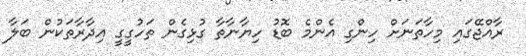
ރާއްޖޭގައި މިހާތަނަށް ހިންގި އެންމެ ބޮޑު ހިޔާނާތާ ގުޅިގެން ތަހުގީގީ އިދާރާތަކުން ބަލާ